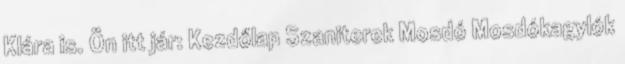
Klára is. Ön itt jár: Kezdőlap Szaniterek Mosdó Mosdókagylók